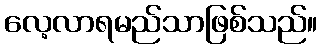
လေ့လာရမည်သာဖြစ်သည်။